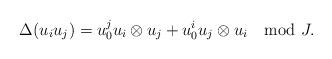
LaTeX: \begin{align*}\Delta(u_i u_j) = u_0^ju_i\otimes u_j+u_0^iu_j\otimes u_i \mod J.\end{align*}